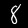
Label: 8